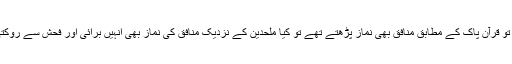
ویسے تو قرآن پاک کے مطابق منافق بھی نماز پڑھتے تھے تو کیا ملحدین کے نزدیک منافق کی نماز بھی انہیں برائی اور فحش سے روکتی ہے؟